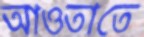
আওতাতে